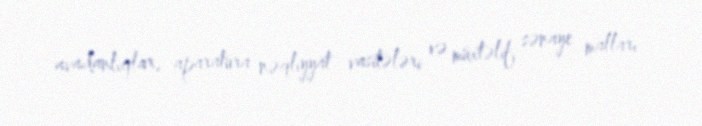
avadanlıqlar, aparatura nəqliyyat vasitələri və müxtəlif sənaye malları